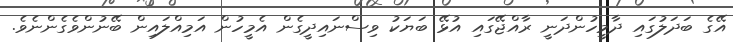
އޭގެ ބަދަލުގައި ދާމީހުންދަނީ ރާއްޖޭގައި އުޅޭ ބަޔަކު ވިސްނައިދީގެން އެމީހުން އަމިއްލައިން ބޭނުންވެގެންނެވެ.